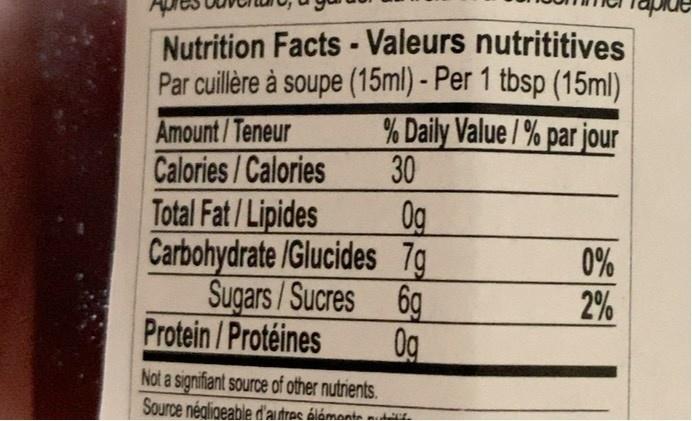
anida
Nutrition Facts - Valeurs nutrititives Par cuillère à soupe (15ml) - Per 1 tbsp (15ml) % Daily Value /% par jour 30
Amount/Teneur
Calories/Calories
Total Fat/Lipides
Og
Carbohydrate /Glucides 7g
0% 2%
Sugars/Sucres 6g Protein /Protéines
0g
Not a signifiant source of other nutrients. Source négligeable d'autres álémonte d